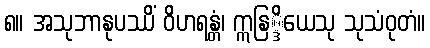
၈။ အသုဘာနုပဿိံ ဝိဟရန္တံ၊ ဣနြ္ဒိယေသု သုသံဝုတံ။